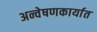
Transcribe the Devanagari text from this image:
अन्वेषणकार्यात